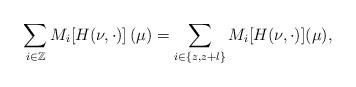
LaTeX: \begin{align*}\sum_{i \in \mathbb{Z}}M_i [H(\nu,\cdot)]\left(\mu\right)=\sum_{i\in\{z,z+l\}}M_i[H(\nu,\cdot)](\mu),\end{align*}